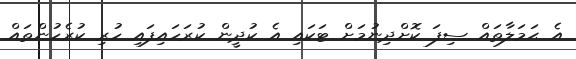
އެ ޙަމަލާތައް ސިފަ ކޮށްދިނުމަށް ޓަކައި އެ ކުދީން ކުރަހައިފައި ހުރި ކުރެހުންތައް